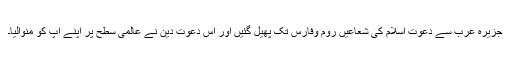
جزیرہ عرب سے دعوت اسلام کی شعاعیں روم وفارس تک پھیل گئیں اور اس دعوت دین نے عالمی سطح پر اپنے آپ کو منوالیا۔